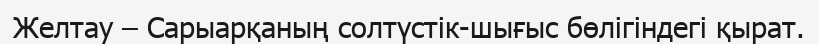
Желтау – Сарыарқаның солтүстік-шығыс бөлігіндегі қырат.